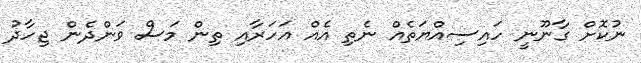
ނުކޮށް ގާނޫނީ ހައިސިއްޔަތެއް ނެތި އެއް އަހަރާއި ތިން މަސް ވަންދެން ޖިހާދު